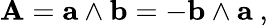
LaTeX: \mathbf{A}=\mathbf{a}\wedge\mathbf{b}=-\mathbf{b}\wedge\mathbf{a}\ ,